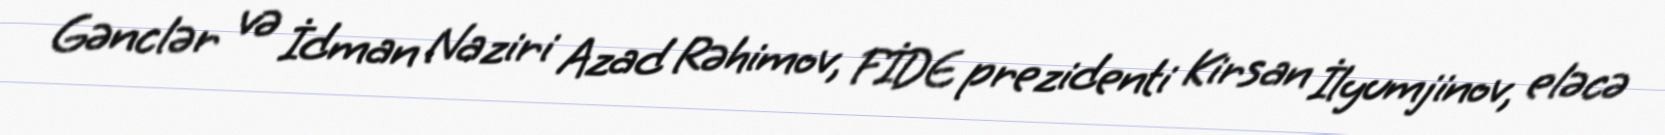
Gənclər və İdman Naziri Azad Rəhimov, FİDE prezidenti Kirsan İlyumjinov, eləcə